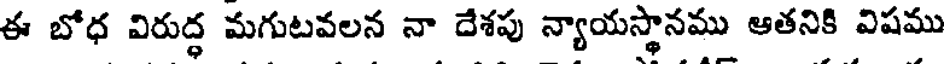
ఈ బోధ విరుద్ధ మగుటవలన నా దేశపు న్యాయస్థానము ఆతనికి విషము